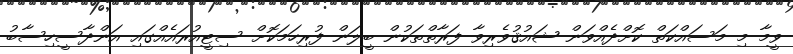
ވީމާ މި މަސައްކަތް ކޮށްދެއްވަން ޝައުޤުވެރިވާ ފަރާތްތަކުން ބީލަން ފުރިހަމަކޮށް ސިޓީއުރައެއްގައި އަންދާސީހިސާބު